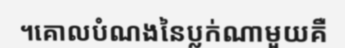
។គោលបំណងនៃប្លក់ណាមួយគឺ